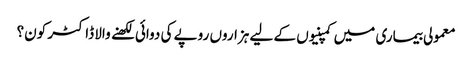
معمولی بیماری میں کمپنیوں کے لیے ہزاروں روپے کی دوائی لکھنے والا ڈاکٹر کون؟